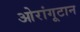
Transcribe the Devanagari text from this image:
ओरांगूटान